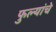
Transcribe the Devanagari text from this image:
फुल्यांचे